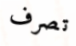
تصرف